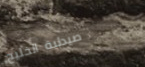
صيدلية الخليج